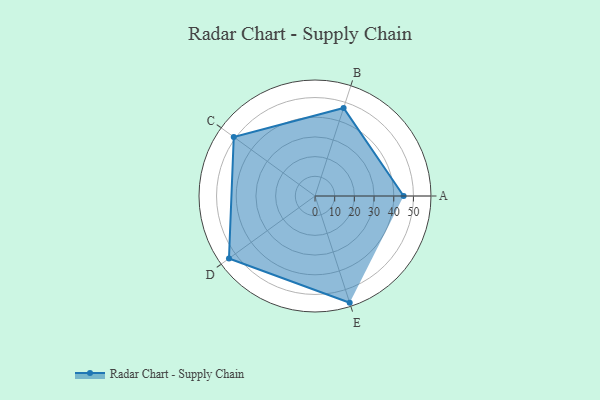
{"axis": {"x": "Skill", "y": "Score"}, "legend": ["Profile"], "data": [{"x": "A", "y": 45.0, "type": "Profile"}, {"x": "B", "y": 47.0, "type": "Profile"}, {"x": "C", "y": 51.0, "type": "Profile"}, {"x": "D", "y": 54.0, "type": "Profile"}, {"x": "E", "y": 57.0, "type": "Profile"}]}